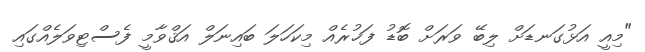
"މިއީ އަޅުގަނޑަށް ލިބޭ ވަރަށް ބޮޑު ފަޚުރެއް މިކަހަލަ ބައިނަލް އަޤްވާމީ ފެސްޓިވަލެއްގައި